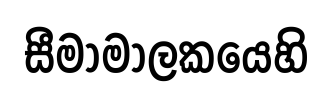
සීමාමාලකයෙහි